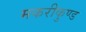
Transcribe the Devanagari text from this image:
मकरीकुण्‍ड